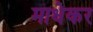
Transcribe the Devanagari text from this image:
माधेकर